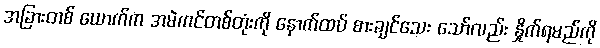
အခြားတစ် ယောက်က အမဲကင်တစ်တုံးကို နောက်ထပ် စားချင်သေး သော်လည်း နှိုက်ရမည်ကို